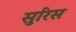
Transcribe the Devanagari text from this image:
सुरिस